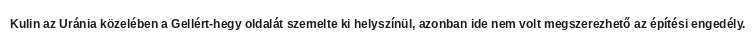
Kulin az Uránia közelében a Gellért-hegy oldalát szemelte ki helyszínül, azonban ide nem volt megszerezhető az építési engedély.